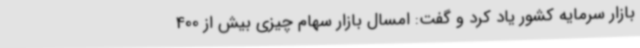
بازار سرمایه کشور یاد کرد و گفت: امسال بازار سهام چیزی بیش از 400